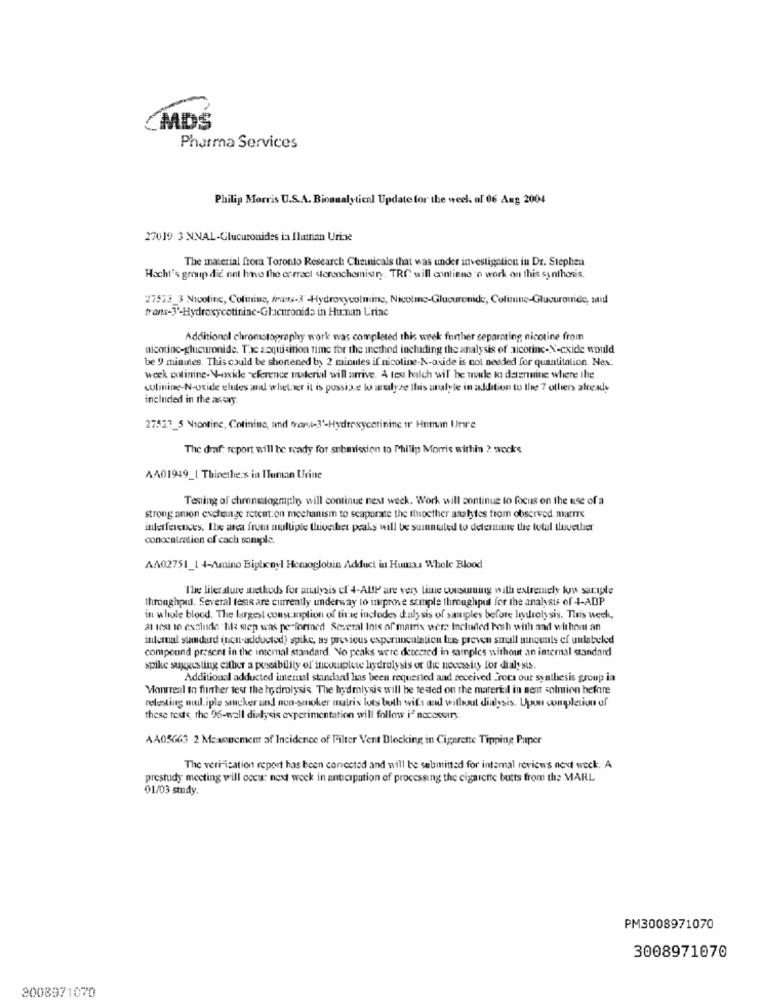
CMDS
Pharma Services
Philip Morris U.S.A. Bioanalytical Update for the week. of 06 Aug 2004
27019 3 NNAL-Glucuronides ia Iluminan Urine
The material from Toronto Research Chemicals that was under investigation in Dr. Stephen
Hacht's group die not have the enrracl sterenchemistry. TRC will contiene o work on this synthesis.
27523 3 Nicotine, Colinine, prawa-3'-Hydroxycolmine, Nicoline-Glucuronide, Colimune-Glucuronride, said
Additional chromatography work was completed this week further separating nicotine from
nicotine-glucuronide. Tac acquisition time for the inethod including the analysis of alcorinc-X-cxide would
be 9 minutes. This could be shortened by 2 minutes if nicotine-N-oxide is not needed for quantitation. Nex:
week entinine-N-xxide reference material will arrive. A text balch wil be udle to datenmine where the
wulinine-N-oxide elutes and whether it is pussise lo wedlyse this analyte in addition to the 7 others already
included in the assay.
27.52.3_5 Niontine, Cotining, and eror-3'-Hydroxycorinine tr Human Urire
The draf: report will be ready for submission to Philip Morris within 2 wocks
AA01949_| Thinethe:s in ITuman Urine
Testing of chromatography will continue next week. Work will continue to focus on the use of a
strong anion exchange retention mechanism to scaparate the thuocther analytes from observed marre
interferences. The area from multiple thivether peaks will be sunnuled to determine the total tuvether
conocalmtion of cach somple.
AN02751_1 4-Amino Biplicayl Hemoglobin Adduct in Hun: Whole Blood
The literature methods for analysis of 4-AMP are very time consuming with extremely low sariple
throughput. Several tesis are currently underway to improve sample throughput for the analysis of 4-ABP
in whole blood. The largest constanplion of titre includes d'aly sis of samples before leurolysis. This week,
a test to exclude tika step was performed Several Inis of matrix were Included both with and without an
internal standard (non-adducted) spike, as previous experimculation tus preven small amounts of unlabeled
compound present in the internal standard. No peaks were detected in samples without an internal standard
spike suggesting either a possibility of incomplete hydrolysis or the necessity for dialysis.
Additional adducted internal standard has been requested and received Erors our synthesis group in
Montreal to further test the hydrolysis. The hydrolysis will be tested on the material in meat solmion before
relesting mul.iple smucker and non-smoker matrix lots both wift and without dialysis. Upon completion of
these teste, the 96-well dialysis experimentation will follow i' necessary.
AA05663 2 Measurement of Incidence of Filter Vent Blocking in Cigarette Tipping Paper
The verification report has been corrected and will be submitted for intamal reviews next week. A
prestudy meeting will occur next week in anticipation of processing the cigarette butts from the MARL
01/03 study.
PM3008971070
3008971070
3008971070